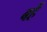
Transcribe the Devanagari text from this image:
बहें